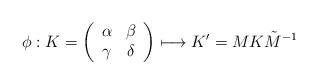
\begin{align*}\phi: K=\left(\begin{array}{cc}\alpha & \beta \\\gamma & \delta \\\end{array}\right)\longmapsto K' = M K \tilde{M}^{-1}\end{align*}